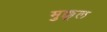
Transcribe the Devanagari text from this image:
मुक्कूल